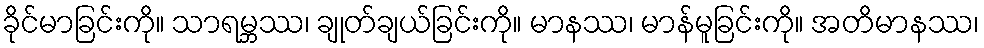
ခိုင်မာခြင်းကို။ သာရမ္ဘဿ၊ ချုတ်ချယ်ခြင်းကို။ မာနဿ၊ မာန်မူခြင်းကို။ အတိမာနဿ၊